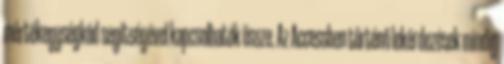
mértékegységkód segítségével kapcsolhatók össze. Az Accessben történő lekérdezések mindig